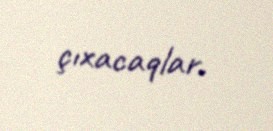
çıxacaqlar.